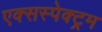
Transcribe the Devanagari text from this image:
एक्सस्पेक्ट्रम